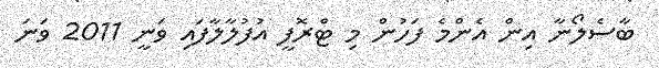
ބާސެލޯނާ އިން އެންމެ ފަހުން މި ޓްރޮފީ އުފުލާލާފައި ވަނީ 2011 ވަނަ